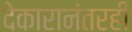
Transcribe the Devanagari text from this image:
देकारानंतरही